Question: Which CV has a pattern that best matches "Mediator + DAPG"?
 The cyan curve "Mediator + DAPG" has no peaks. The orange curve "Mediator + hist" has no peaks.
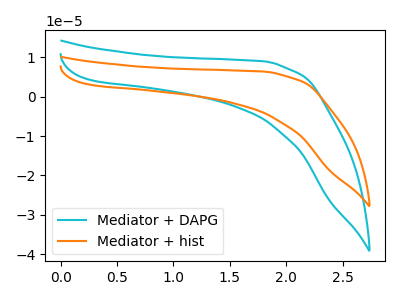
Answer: <think>Neither "Mediator + DAPG" or "Mediator + hist" have any peaks.
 </think>
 <answer>The CV with the most similar shape to "Mediator + hist" is "Mediator + DAPG".</answer>
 <eval>"Mediator + DAPG"</eval>